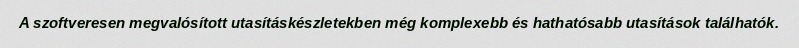
A szoftveresen megvalósított utasításkészletekben még komplexebb és hathatósabb utasítások találhatók.